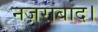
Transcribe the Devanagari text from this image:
नज़राबाद।